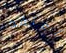
أعتقد